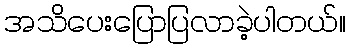
အသိပေးပြောပြလာခဲ့ပါတယ်။